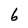
Character: 6